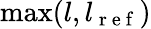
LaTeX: \operatorname*{max}(l,l_{\mathrm{~r~e~f~}})